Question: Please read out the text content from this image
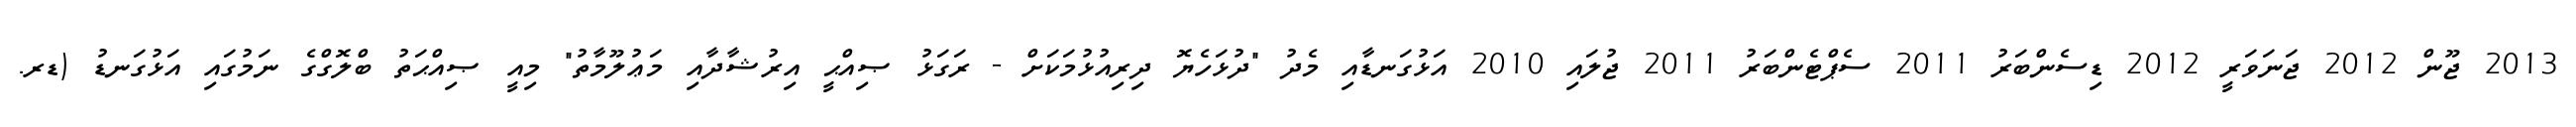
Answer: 2013 ޖޫން 2012 ޖަނަވަރީ 2012 ޑިސެންބަރު 2011 ސެޕްޓެންބަރު 2011 ޖުލައި 2010 އަޅުގަނޑާއި މެދު "ދުޅަހެޔޮ ދިރިއުޅުމަކަށް - ރަގަޅު ޞިއްޙީ އިރުޝާދާއި މަޢުލޫމާތު" މިއީ ޞިއްޙަތު ބްލޮގްގެ ނަމުގައި އަޅުގަނޑު (ޑރ.